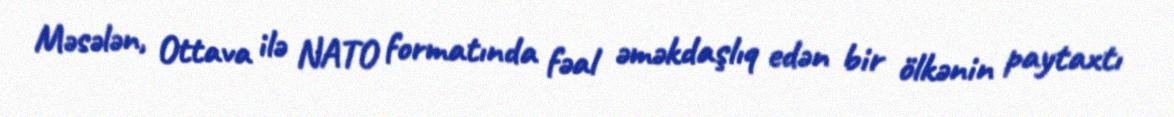
Məsələn, Ottava ilə NATO formatında fəal əməkdaşlıq edən bir ölkənin paytaxtı